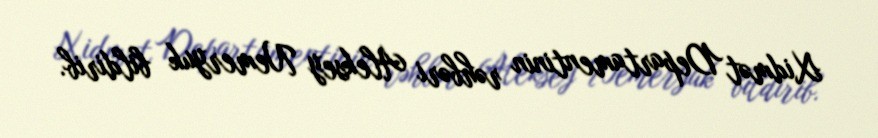
Xidmət Departamentinin rəhbəri Aleksey Nemeryuk bildirib.